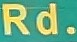
Rd.